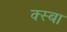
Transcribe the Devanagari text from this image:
क्स्बा